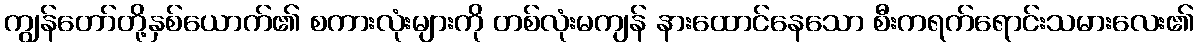
ကျွန်တော်တို့နှစ်ယောက်၏ စကားလုံးများကို တစ်လုံးမကျန် နားထောင်နေသော စီးကရက်ရောင်းသမားလေး၏